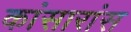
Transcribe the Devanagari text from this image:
कांसारांस